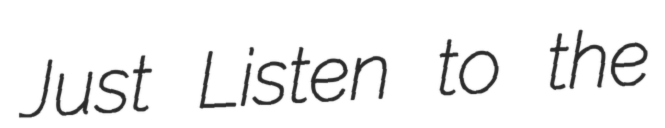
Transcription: Just Listen to the